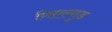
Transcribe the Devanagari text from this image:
गिएल्गुड